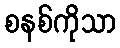
စနစ်ကိုသာ